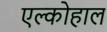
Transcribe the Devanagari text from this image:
एल्कोहाल